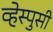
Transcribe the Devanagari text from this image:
व्हेस्पुसी